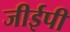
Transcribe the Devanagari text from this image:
जीईपी